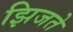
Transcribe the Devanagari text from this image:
झिजते